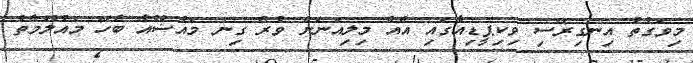
މިވަގުތު އިނގިރޭސި ވިކިޕީޑިއާގައި އެއް މިލިއަނަށް ވުރެ ގިނަ މައުޟޫއާ ބެހޭ މައުލޫމާތު